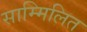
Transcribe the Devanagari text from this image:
साम्मिलित